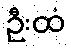
ဦးထံ